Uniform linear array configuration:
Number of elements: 32
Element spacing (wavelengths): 0.5
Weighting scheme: kaiser
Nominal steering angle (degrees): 60
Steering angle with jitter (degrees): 61.187
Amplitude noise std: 0.05
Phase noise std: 0.05

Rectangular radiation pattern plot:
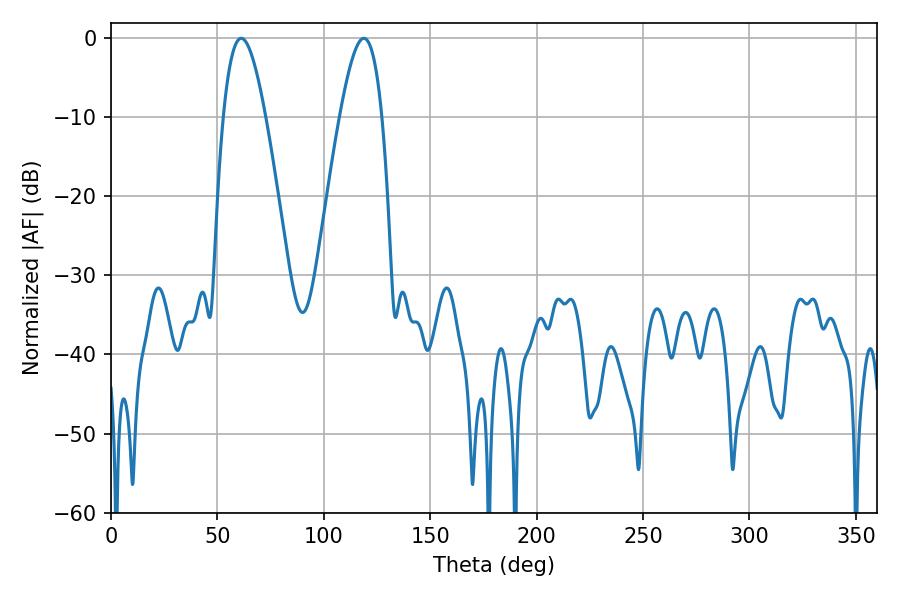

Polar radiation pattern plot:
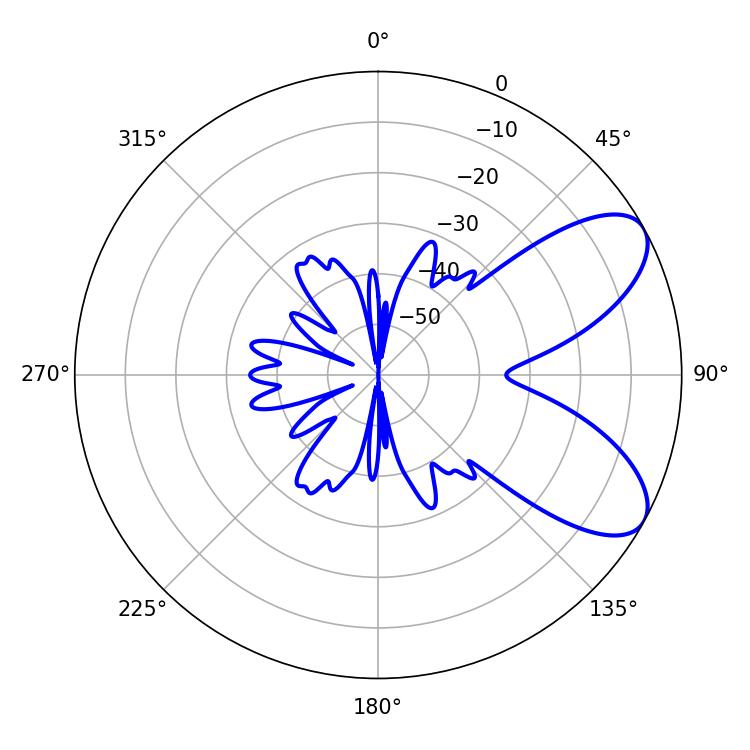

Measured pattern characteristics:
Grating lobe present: FALSE
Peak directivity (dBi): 7.463
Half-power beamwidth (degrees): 10.62
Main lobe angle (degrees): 61.2